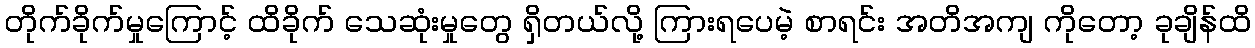
တိုက်ခိုက်မှုကြောင့် ထိခိုက် သေဆုံးမှုတွေ ရှိတယ်လို့ ကြားရပေမဲ့ စာရင်း အတိအကျ ကိုတော့ ခုချိန်ထိ